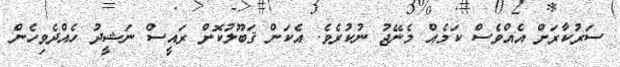
ސަރުކާރަށް އެއްވެސް ކަމެއް މެނޭޖު ނުކުރެވެ. އެކަން ޤަބޫލުކޮށް ރައީސް ނަޝީދު ހެއްދެވިހެން